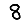
Digit: 8